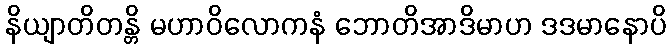
နိယျာတိတန္တိ မဟာဝိလောကနံ ဘောတိအာဒိမာဟ ဒဒမာနောပိ